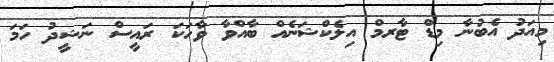
މިއަދު އެބުނާ މިޑް ޓާރމް އިލެކްޝަނެއް ބާއްވާ ވާހަކަ ރައީސް ނަޝީދު ހަމަ